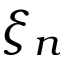
\xi _ { n }